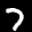
Label: 7